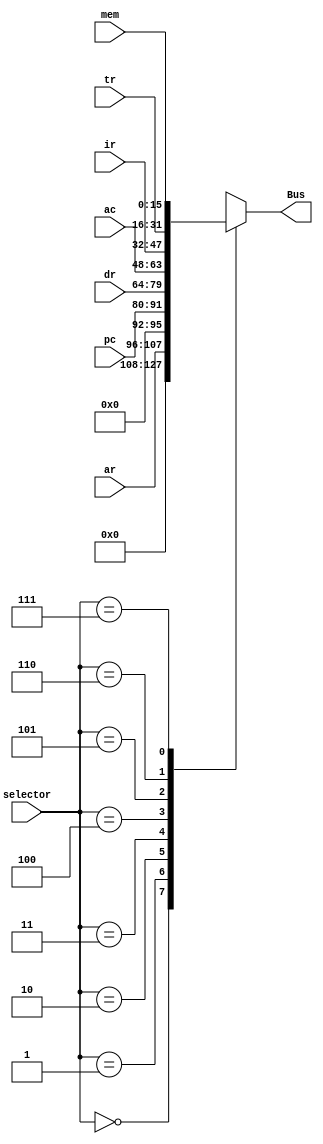
module MuxBus #(parameter Bits = 16) (
	input		[2:0]		selector,

	input		[11:0]		ar,
	input		[11:0]		pc,

	input		[Bits-1:0]	dr,
	input		[Bits-1:0]	ac,
	input		[Bits-1:0]	ir,
	input		[Bits-1:0]	tr,
	input		[Bits-1:0]	mem,

	output reg	[Bits-1:0]	Bus);

	always @(selector, ar,pc,dr,ac,ir,tr,mem)
	begin
		case(selector)
			3'd0:   Bus = 0;
			3'd1:	Bus = ar;
			3'd2:	Bus = pc;
			3'd3:	Bus = dr;
			3'd4:	Bus = ac;
			3'd5:	Bus = ir;
			3'd6:	Bus = tr;
			3'd7:	Bus = mem;
		endcase
	end
endmodule